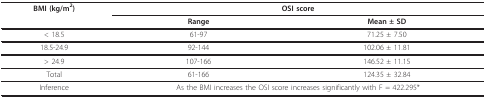
<table><thead><tr><td><b>BMI (kg/m<sup>2</sup>)</b></td><td colspan="2"><b>OSI score</b></td></tr><tr><td></td><td><b>Range</b></td><td><b>Mean ± SD</b></td></tr></thead><tbody><tr><td>&lt; 18.5</td><td>61-97</td><td>71.25 ± 7.50</td></tr><tr><td>18.5-24.9</td><td>92-144</td><td>102.06 ± 11.81</td></tr><tr><td>&gt; 24.9</td><td>107-166</td><td>146.52 ± 11.15</td></tr><tr><td>Total</td><td>61-166</td><td>124.35 ± 32.84</td></tr><tr><td>Inference</td><td colspan="2">As the BMI increases the OSI score increases significantly with F = 422.295*</td></tr></tbody></table>